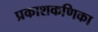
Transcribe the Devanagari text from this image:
प्रकाशकणिका